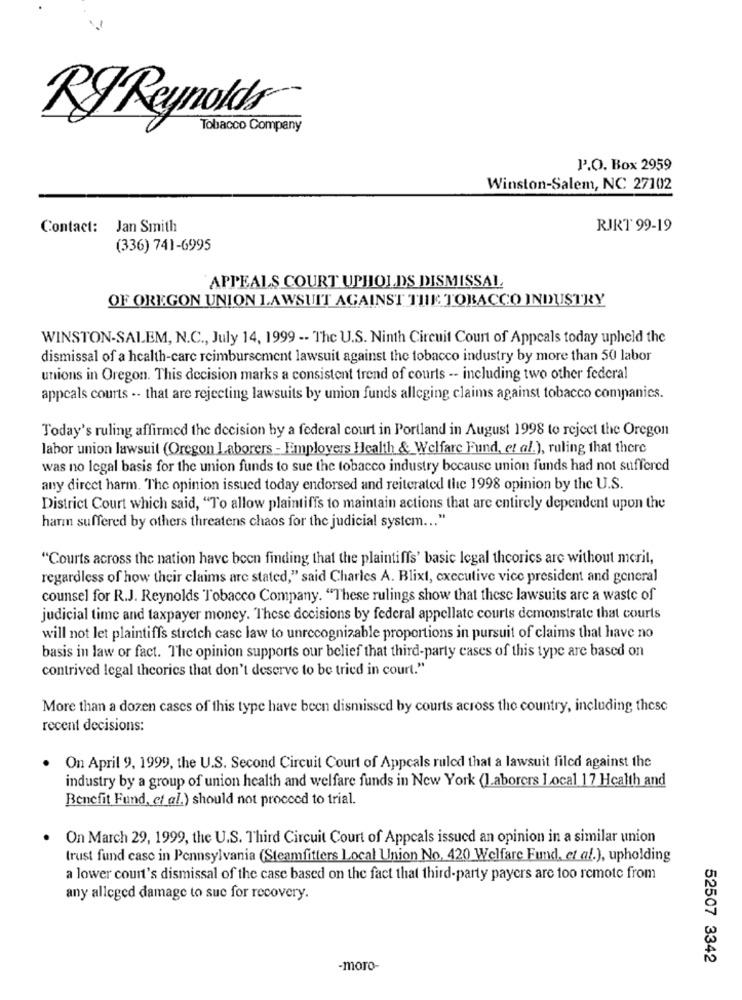
RJ Reynolds
Tobacco Company
P'.O. Box 2959
Winston-Salem, NC 27102
Contact: Jan Smith
RIRT 99-19
(336) 741-6995
`APPEALS COURT UPHOLDS DISMISSAL
OF OREGON UNION LAWSUIT AGAINST THE TOBACCO INDUSTRY
WINSTON-SALEM, N.C ., July 14, 1999 -- The U.S. Ninth Circuit Court of Appeals today upheld the
dismissal of a health-care reimbursement lawsuit against the tobacco industry by more than 50 labor
unions in Oregon. This decision marks a consistent trend of courts -- including two other federal
appeals courts .. that are rejecting lawsuits by union funds alleging claims against tobacco companies.
Today's ruling affirmed the decision by a federal court in Portland in August 1998 to reject the Oregon
labor union lawsuit (Oregon Laborers - Employers Health & Welfare Fund, et al.), ruling that there
was no legal basis for the union funds to sue the tobacco industry because union funds had not suffered
any direct harm. The opinion issued today endorsed and reiterated the 1998 opinion by the U.S.
District Court which said, "To allow plaintiffs to maintain actions that are entirely dependent upon the
harn suffered by others threatens chaos for the judicial system ... "
"Courts across the nation have been finding that the plaintiffs' basic legal theorics are without merit,
regardless of how their claims are stated," said Charles A. Blixt, executive vice president and general
counsel for R.J. Reynolds Tobacco Company. "These rulings show that these lawsuits are a waste of
judicial time and taxpayer money. These decisions by federal appellate courts demonstrate that courts
will not let plaintiffs stretch case law to unrecognizable proportions in pursuit of claims that have no
basis in law or fact. The opinion supports our belief that third-party cases of this type are based on
contrived legal theories that don't deserve to be tried in court."
More than a dozen cases of this type have been dismissed by courts across the country, including thesc
recent decisions:
On April 9, 1999, the U.S. Second Circuit Court of Appeals ruled that a lawsuit filed against the
industry by a group of union health and welfare funds in New York (laborers Local 17 Health and
Benefit Fund, et al.) should not proceed to trial.
On March 29, 1999, the U.S. Third Circuit Court of Appeals issued an opinion in a similar union
trust fund case in Pennsylvania (Steamfitters Local Union No. 420 Welfare Fund, et al.), upholding
a lower court's dismissal of the case based on the fact that third-party payers are too remote from
any alleged damage to sue for recovery.
52507 3342
-moro-